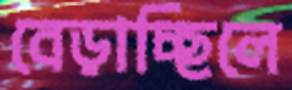
বেড়াচ্ছিলে